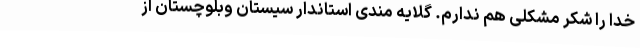
خدا را شکر مشکلی هم ندارم. گلایه مندی استاندار سیستان وبلوچستان از